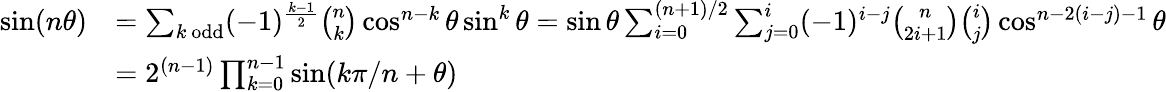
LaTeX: {\begin{array}{rl}{\sin(n\theta)}&{=\sum_{k{\mathrm{~odd}}}(-1)^{\frac{k-1}{2}}{\binom{n}{k}}\cos^{n-k}\theta\sin^{k}\theta=\sin\theta\sum_{i=0}^{(n+1)/2}\sum_{j=0}^{i}(-1)^{i-j}{\binom{n}{2i+1}}{\binom{i}{j}}\cos^{n-2(i-j)-1}\theta}\\ {}&{=2^{(n-1)}\prod_{k=0}^{n-1}\sin(k\pi/n+\theta)}\end{array}}